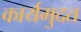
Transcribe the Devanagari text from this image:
कार्यमुदत